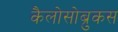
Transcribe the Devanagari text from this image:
कैलोसोब्रुकस